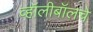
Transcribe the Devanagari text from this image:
व्हॉलीबॉलचे